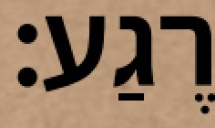
רֶגַע: